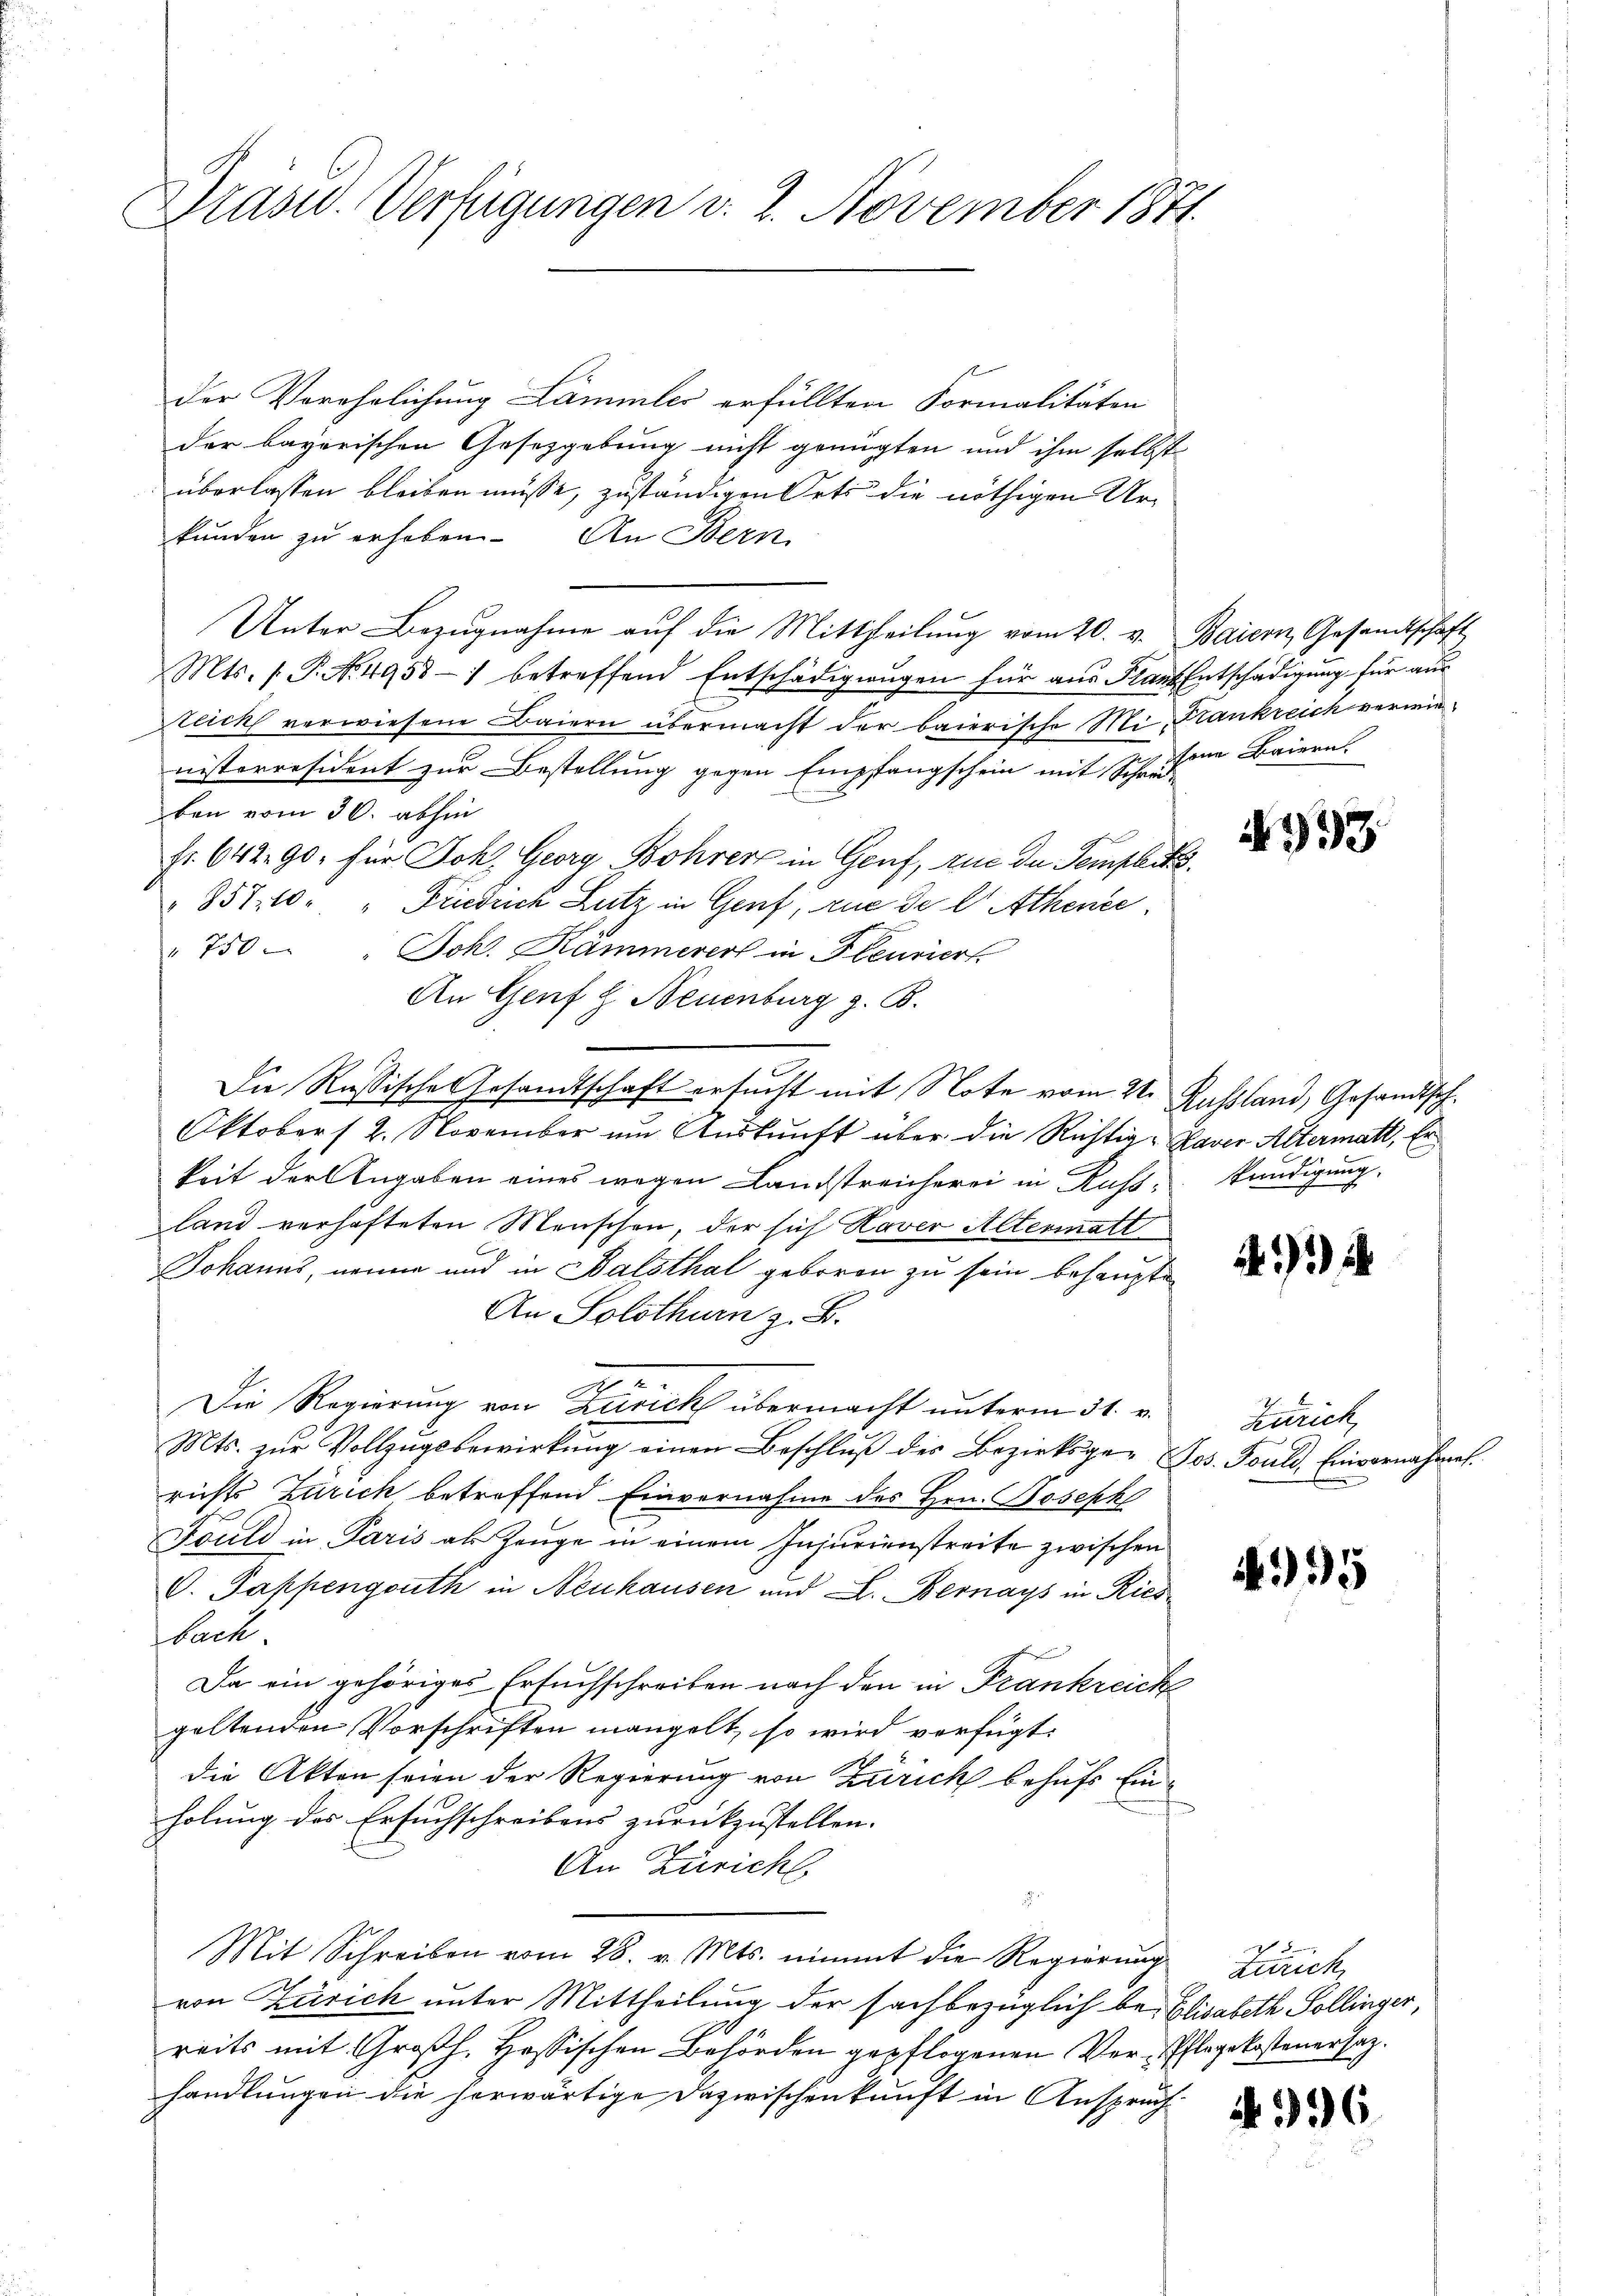
Drasid. Verfügungen v. 2. November 1871.

der Verehelichung Lammler erfüllten Formalitäten
der bayerischen Gesetzgebung nicht genügten und ihm selbst
überlassen bleiben müsse, zuständigen Orts die nöthigen Ur-
kunden zu erhoben. An Bern
Unter Bezugnahme aŭf die Mittheilung vom 20. v. Baiern, Gesandtschaft
Mts. s P. No. 4958-) betreffend Entschädigungen für aus Flaut Entschädigung für aus
Reich verwiesene Baiern übermacht der baierische Mi- Krankreich verwienisterresident zur Bestellung gegen Empfangschein mit Schrufend Baiern
ben vom 30. abhin
fr. 642. 90, für Joh. Georg Bohrer in Genf, rue du Semplik
857. 10. " Friedrich Lutz in Genf, rue de l Athene
750 " Joh. Kammerers in Feuriert
An Genf g. Neuenburg z. B.
Die Russische Gesandtschaft ersucht mit Note vom 21. Russland, Gesandtsch.
Oktober 12. November um Auskunft über die Richtig-Paver Altermatt, Er
keit der Angaben eines wegen Landstreicherei in Russ, kündigung,
land verhafteten Menschen, der sich Haver Altermatt
Johanns, nenne und in Balsthal geboren zu sein behaupte
An Solothurn z. B.
2
Die Regierung von Zürich übermacht unterm 31. v.
Mts. zŭr Vollzŭgsbewirkŭng einen Beschlŭβ der Bezirksge- Jos. Fould, Einvernahmen.
richts Zürich, betreffend Einvernahme des Hrn. Joseph
Fould in Paris als Zeuge in einem Injurienstreite zwischen
C. Pappengouth in Neuhausen und L. Bernays in Riesbach
Da ein gehöriges Ersuchschreiben nach den in Frankreich
geltenden Vorschriften mangelt, so wird verfügt:
die Akten seien der Regierung von Zürich behufs Einholung des Ersuchschreibens zurückzustellen.
An Züricht
.
Mit Schreiben vom 28. v. Mts. nimmt die Regierŭng Zürich
von Zürich unter Mittheilung der sachbezüglich bei Elisabeth Sollinger,
reits mit Großh. Hessischen Behörden gepflogenen Ver-Pflegekostenersatz.
handlungen die herwärtige Dazwischenkunft in Anspruch

393

4)

Zürich,

35

336